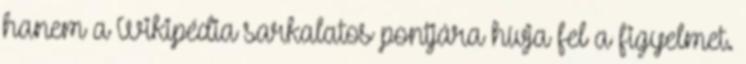
hanem a Wikipédia sarkalatos pontjára hívja fel a figyelmet.